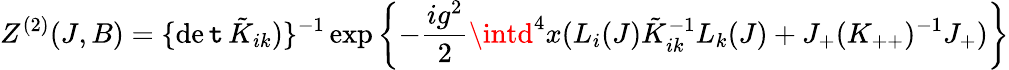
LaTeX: Z^{(2)}(J,B)=\{ \operatorname*{de\mathtt{t}}\tilde{{K}}_{ik})\} ^{-1}\exp\left\{ -\frac{{ig^{2}}}{{2}}\intd^{4}x(L_{i}(J)\tilde{{K}}_{ik}^{-1}L_{k}(J)+J_{+}(K_{++})^{-1}J_{+})\right\}